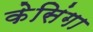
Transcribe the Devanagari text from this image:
केसिंगा